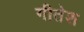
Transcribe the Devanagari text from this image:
गीतेश